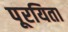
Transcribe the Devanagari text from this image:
पूरयिता